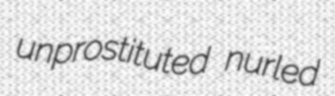
unprostituted nurled